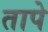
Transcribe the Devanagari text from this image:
तापे